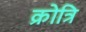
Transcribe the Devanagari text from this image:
क्रोत्रि